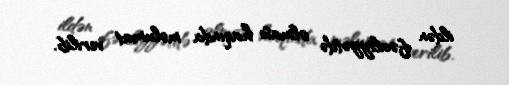
ildən fəaliyyətdə olması haqında məlumat verilib.